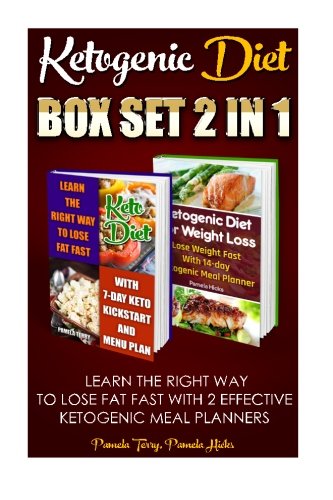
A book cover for Ketogenic Diet Box Set 2 IN 1: Learn The Right Way To Lose Fat Fast With 2 Effective Ketogenic Meal Planners: (Lose Belly Fat Fast, Ketogenic Diet For ... 20 20 diet dr phil , weight watchers); Pamela Terrry; Health, Fitness & Dieting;